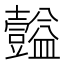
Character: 𪤴